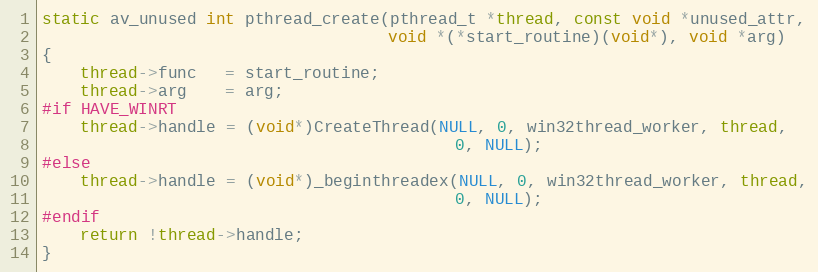
Language: C
static av_unused int pthread_create(pthread_t *thread, const void *unused_attr,
                                    void *(*start_routine)(void*), void *arg)
{
    thread->func   = start_routine;
    thread->arg    = arg;
#if HAVE_WINRT
    thread->handle = (void*)CreateThread(NULL, 0, win32thread_worker, thread,
                                           0, NULL);
#else
    thread->handle = (void*)_beginthreadex(NULL, 0, win32thread_worker, thread,
                                           0, NULL);
#endif
    return !thread->handle;
}